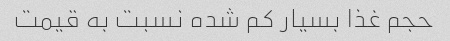
حجم غذا بسیار کم شده نسبت به قیمت